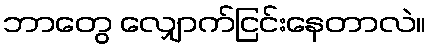
ဘာတွေ လျှောက်ငြင်းနေတာလဲ။